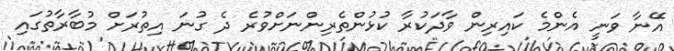
އޭނާ ވަނީ އެންމެ ކައިރިން ވާދަކުރާ ކުޅުންތެރިންނަށްވުރެ ދެ ގުނަ އިތުރަށް މުބާރާތުގައި